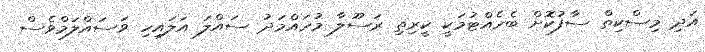
އަދި މިސްކިތް ސާފުކޮށް ބެހެއްޓުމަކީ ކީރިތި ރަސޫލާ މުހައްމަދު ސައްލަ އަަލައިހި ވަސައްލަމްވެސް